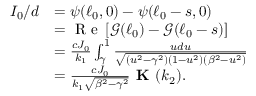
\begin{array} { r l } { I _ { 0 } / d } & { = \psi ( \ell _ { 0 } , 0 ) - \psi ( \ell _ { 0 } - s , 0 ) } \\ & { = \textrm { R e } \, [ \mathcal { G } ( \ell _ { 0 } ) - \mathcal { G } ( \ell _ { 0 } - s ) ] } \\ & { = \frac { c J _ { 0 } } { k _ { 1 } } \int _ { \gamma } ^ { 1 } \frac { u d u } { \sqrt { ( u ^ { 2 } - \gamma ^ { 2 } ) ( 1 - u ^ { 2 } ) ( \beta ^ { 2 } - u ^ { 2 } ) } } } \\ & { = \frac { c J _ { 0 } } { k _ { 1 } \sqrt { \beta ^ { 2 } - \gamma ^ { 2 } } } \textbf { K } ( k _ { 2 } ) . } \end{array}